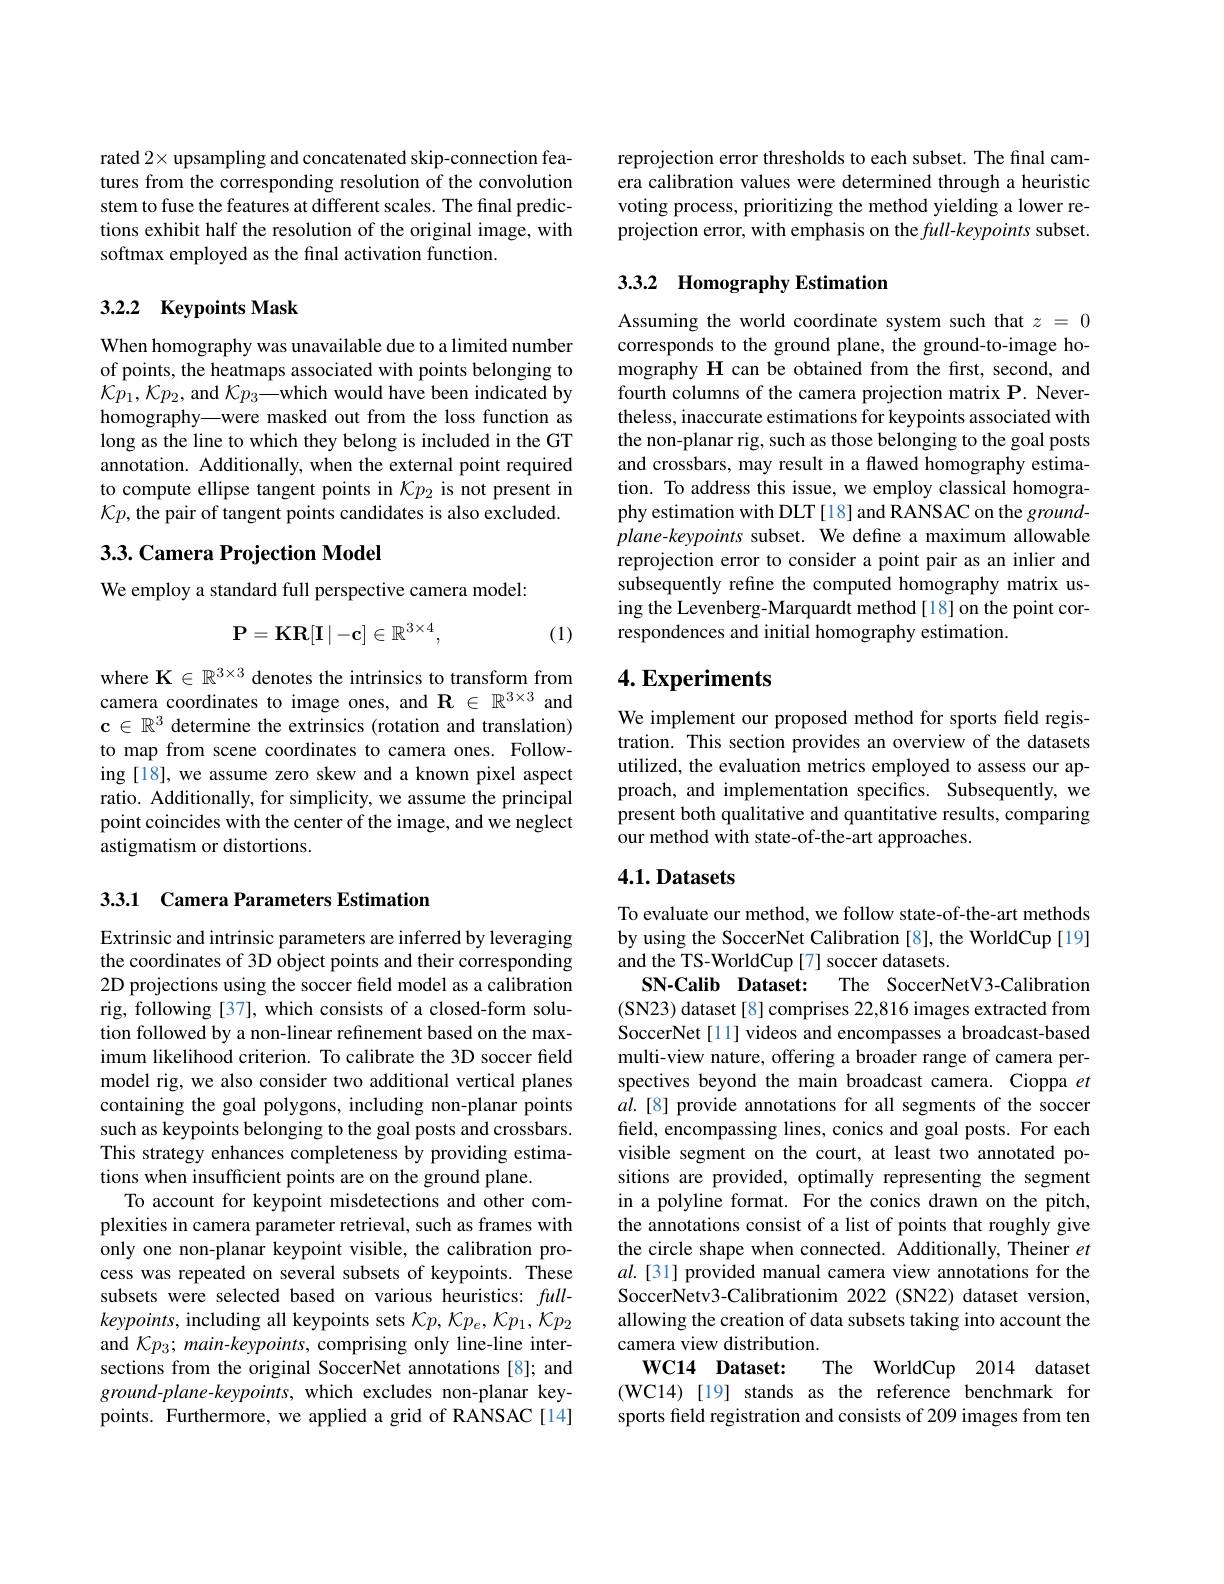
rated 2× upsampling and concatenated skip-connection features from the corresponding resolution of the convolution stem to fuse the features at different scales. The final predictions exhibit half the resolution of the original image, with softmax employed as the final activation function.

## 3.2.2 Keypoints Mask

When homography was unavailable due to a limited number of points, the heatmaps associated with points belonging to $\mathcal{K}p_{1},\mathcal{K}p_{2}$, and $\mathcal{K}p_{3}—$which would have been indicated by homography—were masked out from the loss function as long as the line to which they belong is included in the GT annotation. Additionally, when the external point required to compute ellipse tangent points in $\mathcal{K}p_2$ is not present in $\mathcal{K}p$, the pair of tangent points candidates is also excluded.

## 3.3. Camera Projection Model

We employ a standard full perspective camera model:
$$\mathbf{P}=\mathbf{KR}[\mathbf{I}\mid-\mathbf{c}]\in\mathbb{R}^{3\times4},$$
(1)

where $\mathbf{K}\in\mathbb{R}^{3\times3}$ denotes the intrinsics to transform from camera coordinates to image ones, and $\mathbf{R}\in\mathbb{R}^{3\times3}$ and $\mathbf{c}\in\mathbb{R}^3$ determine the extrinsics (rotation and translation) to map from scene coordinates to camera ones. Following [18], we assume zero skew and a known pixel aspect ratio. Additionally, for simplicity, we assume the principal point coincides with the center of the image, and we neglect astigmatism or distortions.

3.3.1 Camera Parameters Estimation

Extrinsic and intrinsic parameters are inferred by leveraging the coordinates of 3D object points and their corresponding 2D projections using the soccer field model as a calibration rig, following [37], which consists of a closed-form solution followed by a non-linear refinement based on the maximum likelihood criterion. To calibrate the 3D soccer field model rig, we also consider two additional vertical planes containing the goal polygons, including non-planar points such as keypoints belonging to the goal posts and crossbars. This strategy enhances completeness by providing estimations when insufficient points are on the ground plane.
To account for keypoint misdetections and other complexities in camera parameter retrieval, such as frames with only one non-planar keypoint visible, the calibration process was repeated on several subsets of keypoints. These subsets were selected based on various heuristics: full- $keypoints$, including all keypoints sets $\mathcal{K}p,\mathcal{K}p_{e},\mathcal{K}p_{1},\mathcal{K}p_{2}$ and $\mathcal{K}p_{3};main-keypoints$, comprising only line-line intersections from the original SoccerNet annotations [8]; and ground-plane-keypoints, which excludes non-planar keypoints. Furthermore, we applied a grid of RANSAC[14]

reprojection error thresholds to each subset. The final camera calibration values were determined through a heuristic voting process, prioritizing the method yielding a lower reprojection error, with emphasis on the full-keypoints subset.

## 3.3.2 Homography Estimation

Assuming the world coordinate system such that $z=0$ corresponds to the ground plane, the ground-to-image homography H can be obtained from the first, second, and fourth columns of the camera projection matrix P. Nevertheless, inaccurate estimations for keypoints associated with the non-planar rig, such as those belonging to the goal posts and crossbars, may result in a flawed homography estimation. To address this issue, we employ classical homography estimation with DLT [18] and RANSAC on the groundplane-keypoints subset. We define a maximum allowable reprojection error to consider a point pair as an inlier and subsequently refine the computed homography matrix using the Levenberg-Marquardt method[18] on the point correspondences and initial homography estimation.

## $4. \textbf{Experiments}$

We implement our proposed method for sports field registration. This section provides an overview of the datasets utilized, the evaluation metrics employed to assess our approach, and implementation specifics. Subsequently, we present both qualitative and quantitative results, comparing our method with state-of-the-art approaches.

## 4.1. Datasets

To evaluate our method, we follow state-of-the-art methods by using the SoccerNet Calibration [8], the WorldCup[19] and the TS-WorldCup[7] soccer datasets.
SN-Calib Dataset:
The SoccerNetV3-Calibration
(SN23) dataset[8] comprises 22,816 images extracted from SoccerNet [11] videos and encompasses a broadcast-based multi-view nature, offering a broader range of camera perspectives beyond the main broadcast camera. Cioppa $et$ $al.[8]$ provide annotations for all segments of the soccer field, encompassing lines, conics and goal posts. For each visible segment on the court, at least two annotated positions are provided, optimally representing the segment in a polyline format. For the conics drawn on the pitch, the annotations consist of a list of points that roughly give the circle shape when connected. Additionally, Theiner $et$ $al.[31]$ provided manual camera view annotations for the SoccerNetv3-Calibrationim 2022 (SN22) dataset version, allowing the creation of data subsets taking into account the camera view distribution.
$\mathbf{WC14}$ $\mathbf{Dataset: }$
The WorldCup 2014 dataset
(WC14)[19] stands as the reference benchmark for sports feld registration and consists of 209 images from ten